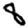
Digit: 8